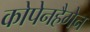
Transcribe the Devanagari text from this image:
कोपेनहैगेन